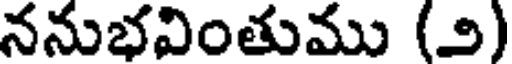
ననుభవింతుము (౨)